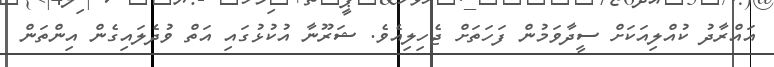
އައްރާދު ކުއްލިއަކަށް ސީދާވަމުން ފަހަތަށް ޖެހިލިއެވެ. ޝަރޫނާ އުކުޅުގައި އަތް ވުދެލައިގެން އިންތަން